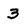
Character: 3